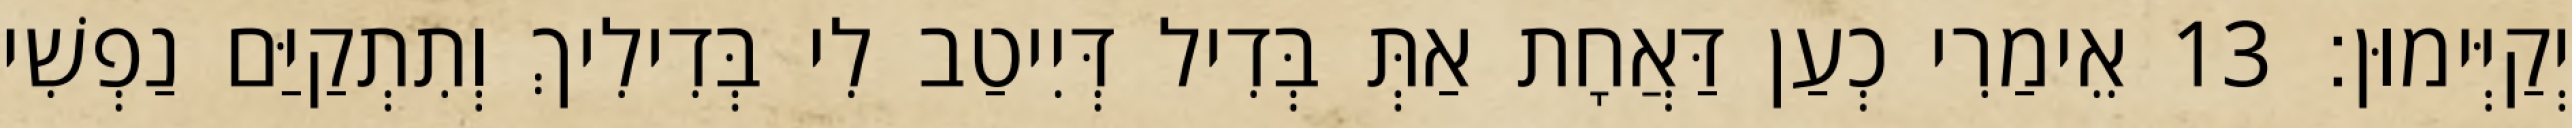
יְקַיְּימוּן׃ 13 אֵימַרִי כְעַן דַּאֲחָת אַתְּ בְּדִיל דְּיִיטַב לִי בְּדִילִיךְ וְתִתְקַיַּם נַפְשִׁי